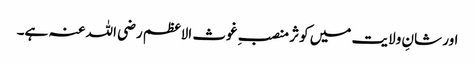
اور شانِ ولایت میں کوثر منصبِ غوث الاعظم رضی اللہ عنہ ہے۔